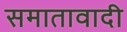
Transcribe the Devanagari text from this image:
समातावादी